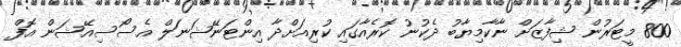
800 މީޓަރުން ޝިފާޒަށް ނާކާމިޔާބު ދެކުނު ކޮރެއާގައި ކުރިއަށްދާ އިންޓަނޭޝަނަލް އެސޯސިއޭޝަން އޮފް